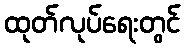
ထုတ်လုပ်ရေးတွင်